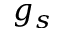
g _ { s }